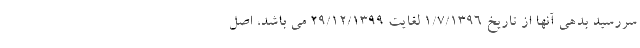
سررسید بدهی آنها از تاریخ 1/7/1396 لغایت 29/12/1399 می باشد، اصل